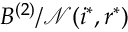
B ^ { ( 2 ) } / \mathcal { N } ( i ^ { * } , r ^ { * } )